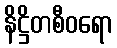
နိဋ္ဌိတစီဝရော